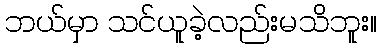
ဘယ်မှာ သင်ယူခဲ့လည်းမသိဘူး။